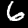
Digit: 6